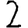
Digit: 2